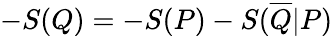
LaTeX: -S(Q)=-S(P)-S(\overline{{Q}}|P)